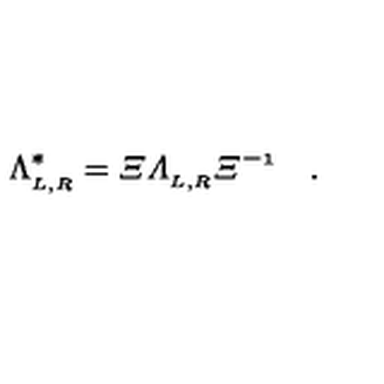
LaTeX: \Lambda _ { _ { L , R } } ^ { \ast } = \mit { \Xi } \Lambda _ { _ { L , R } } \mit { \Xi } ^ { - 1 } \quad .